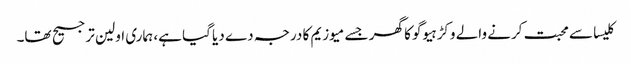
کلیسا سے محبت کرنے والے وکڑ ہیوگو کا گھر جسے میوزیم کا درجہ دے دیا گیا ہے، ہماری اولین ترجیح تھا۔